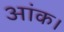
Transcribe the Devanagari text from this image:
आंक।